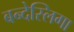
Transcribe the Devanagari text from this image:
बन्देस्लिगा